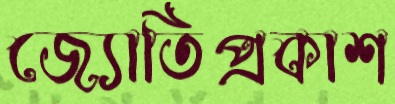
জ্যোতিপ্রকাশ